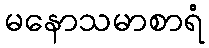
မနောသမာစာရံ